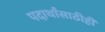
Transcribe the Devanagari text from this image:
पदार्थांसाठीही